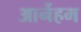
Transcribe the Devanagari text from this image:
आर्नेहम